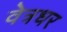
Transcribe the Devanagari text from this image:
वेत्रधर